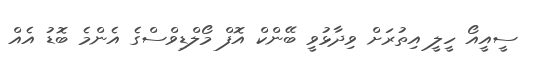
ސީއީއޯ ހީލީ އިތުރަށް ވިދާޅުވީ ބޭންކް އޮފް މޯލްޑިވްސްގެ އެންމެ ބޮޑު އެއް